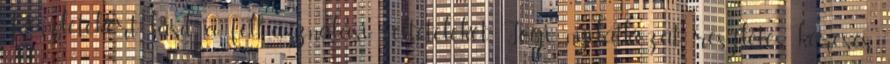
Részletekért lásd a felhasználási feltételeket. Jogi nyilatkozat részletes keresés